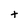
Character: t